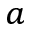
^ { a }